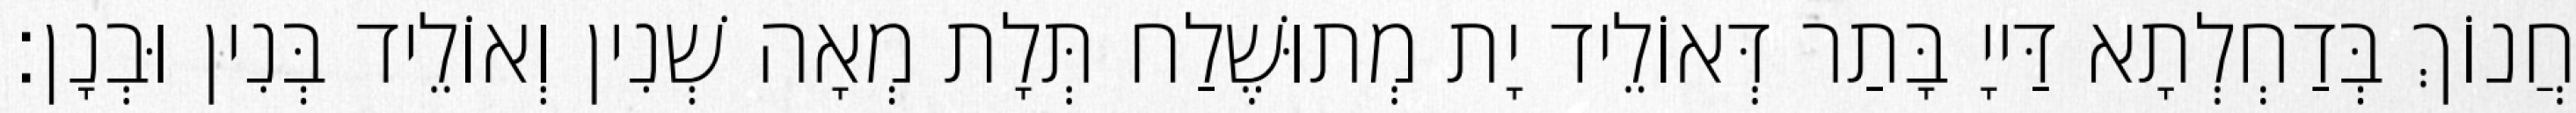
חֲנוֹךְ בְּדַחְלְתָא דַּייָ בָּתַר דְּאוֹלֵיד יָת מְתוּשֶׁלַח תְּלָת מְאָה שְׁנִין וְאוֹלֵיד בְּנִין וּבְנָן׃